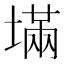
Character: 㙢